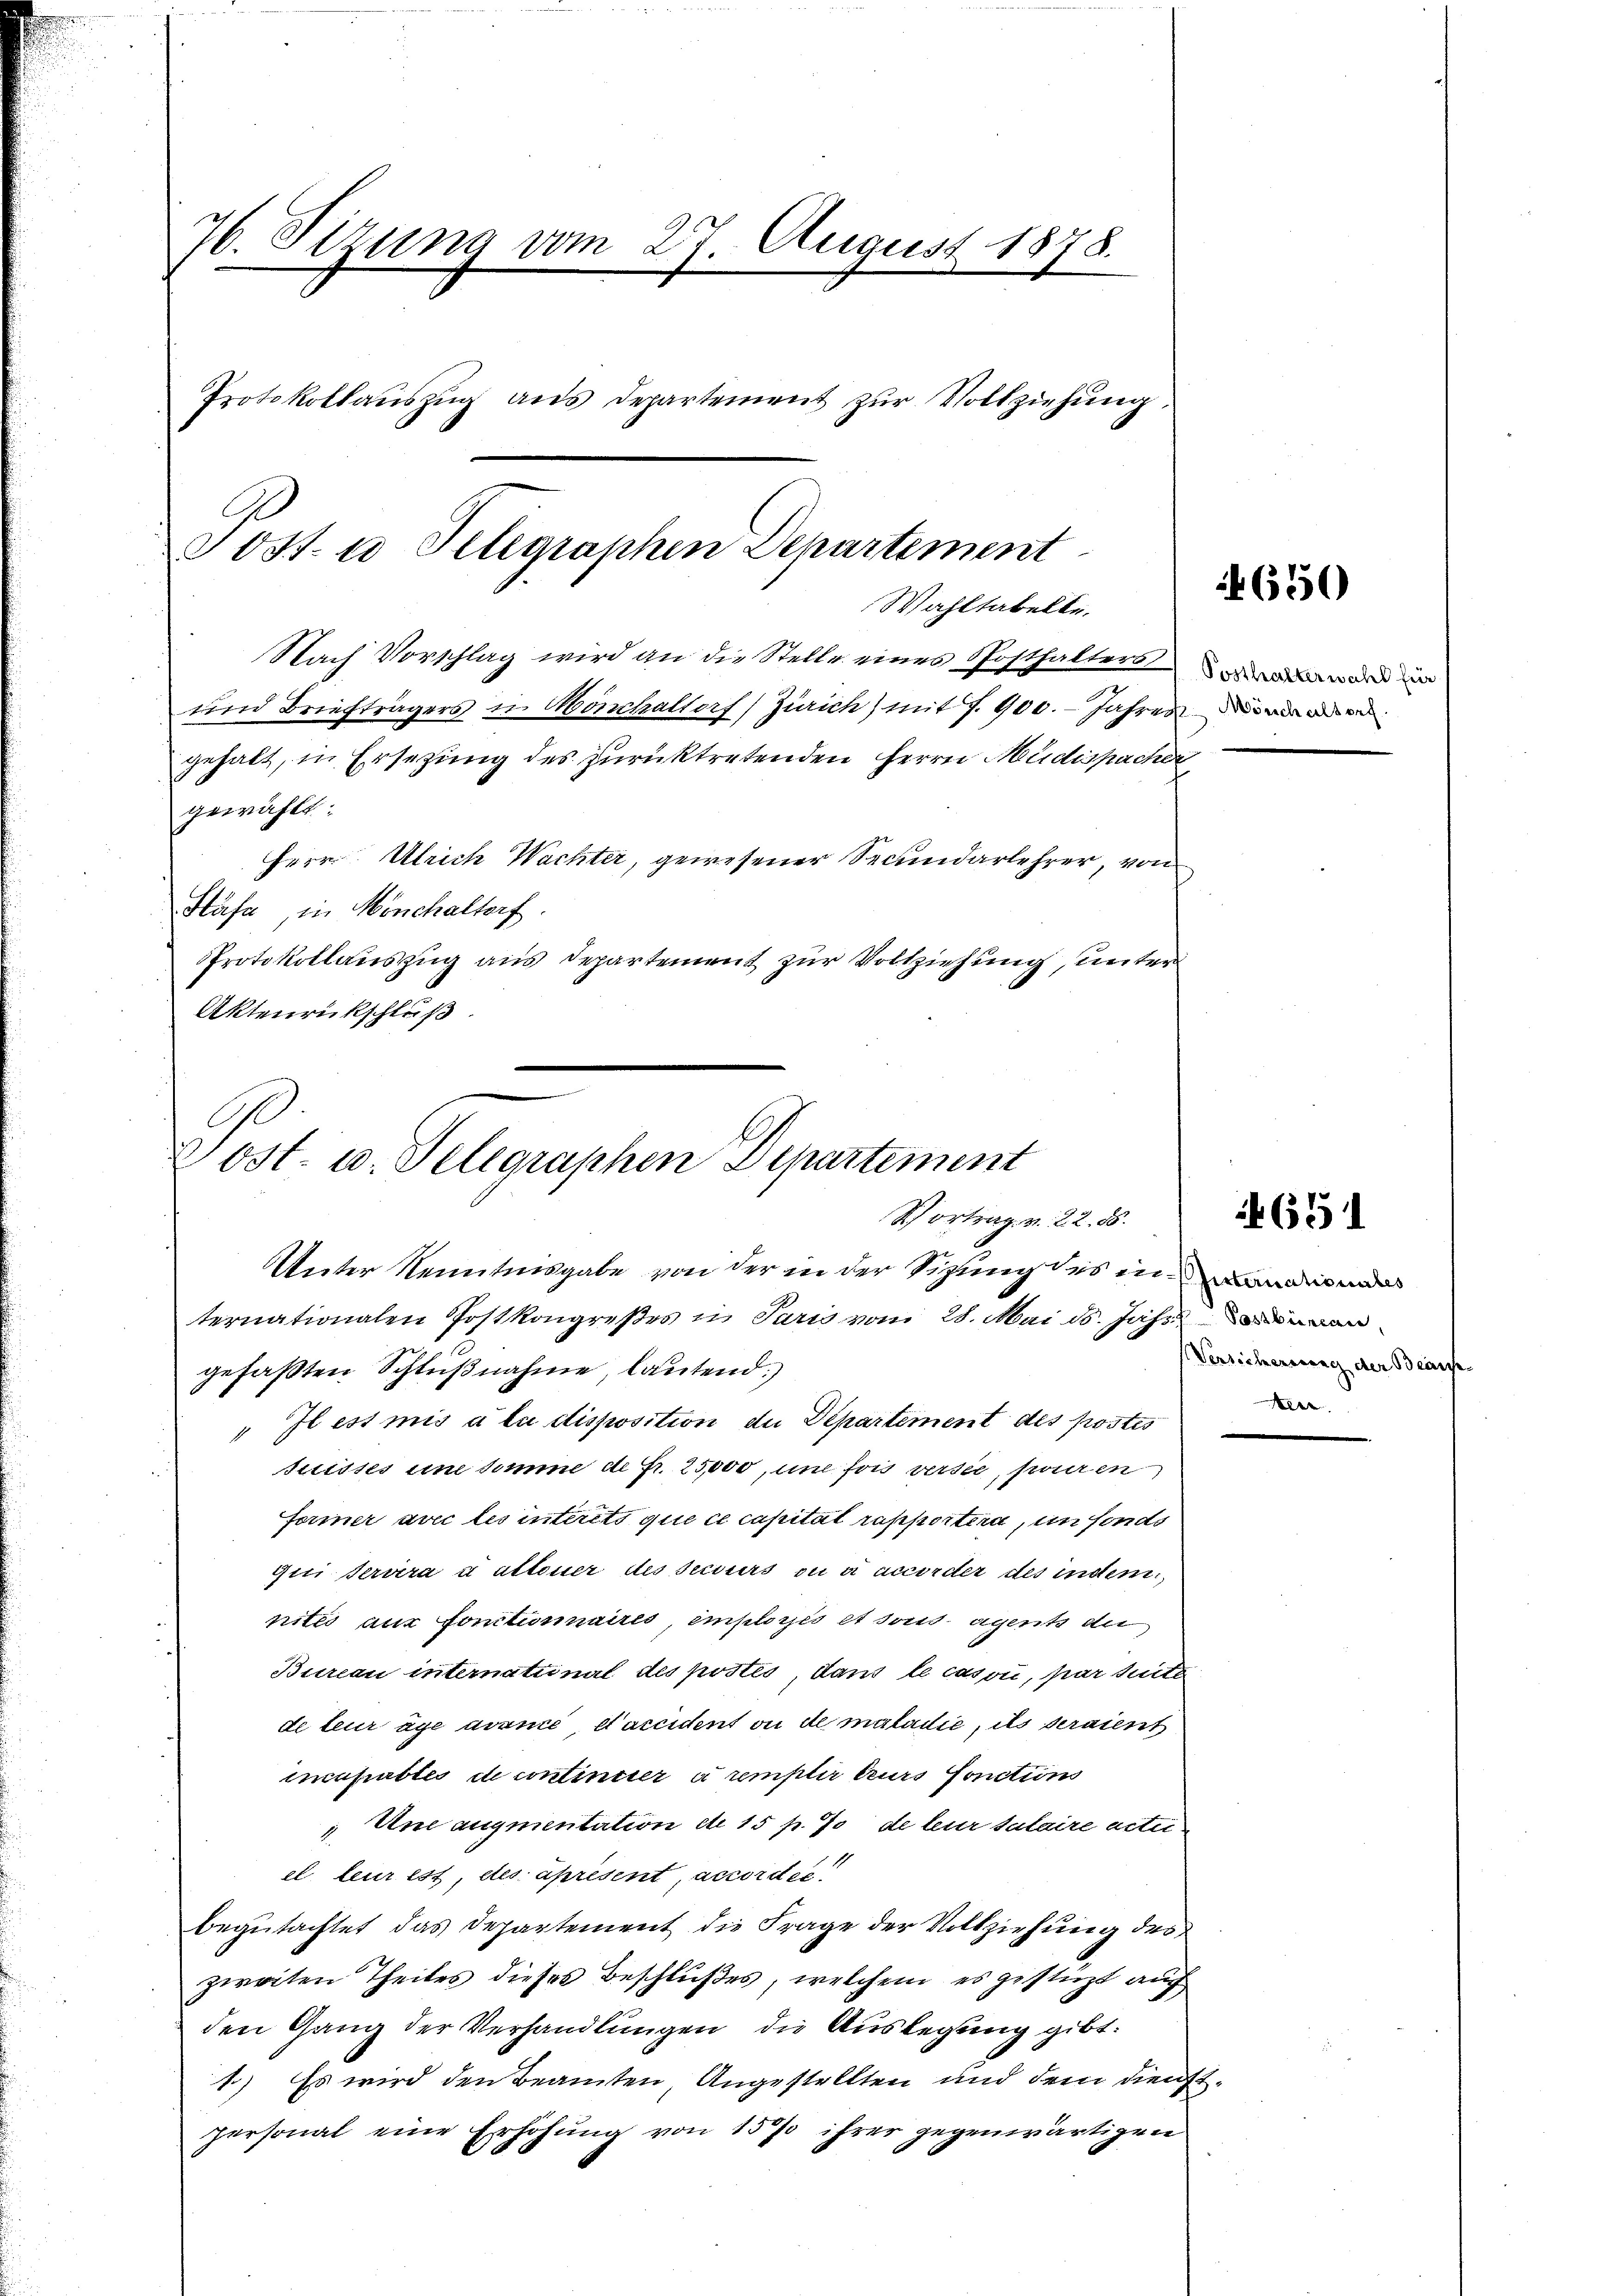
76. Stzung vom 27. August 1878.
Protokollauszug aus Departement zur Vollziehung.
Tost. 10 Telegraphen Departement

Wahltabelte,
Nach Vorschlag wird an die Stelle eines Posthalters und in

und Briefträgers in Mönchaltorf) Zürich) mit 7. 900. - Jahrese
gewählt:
Herr Ulrich Wachter, gewesener Secundarlehrer, von
Stäfa, in Mönchaltorf.
Protokollauszug aus Departement zur Vollziehung, unter
Aktenrückschluß

gehalt, in Ersetzung des zurücktretenden Herrn Müdispacher

.
Post- u. Telegraphen Departement
Schortrag v. 22. 86.
Unter Kenntnisgabe von der in der Sigung des in und

ternationalen Postkongreßes in Paris vom 28. Mai ds. Jahren
gefaßten Schlŭβnahme, lautend:
„Il est mis à la disposition de Departement des postes
suisses im Somme de Fr. 25,000, und fois versee, pouren
Former avec les interets que ce capitat rapportera, in sonde
suri serira a altener des secours ou à accorder des indem
nité aux fonctionnaires, employés et sous agents der
Bureau international des postés, dans le casoni, par treite
de leur age avance Vaccident ou de maladie, ils seraient
incapables de continuer à remplir leurs fonctions
Une augmentation de 15 p. 7 de leur salaire actei¬
1
el leur est, des aprésent, accordée
begutachtet das Departement die Frage der Vollziehung des
zweiten Theiles dieses Beschlußes, welchem es gestürzt auch
den Gang der Verhandlungen die Auslegung gibt:
1.) Es wird den Beamten, Angestellten und dem dienstpersonal eine Erhöhŭng von 15% ihrer gegenwärtigen

650

4651

Versicherung der Beau